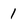
Character: 1